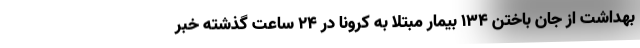
بهداشت از جان باختن ۱۳۴ بیمار مبتلا به کرونا در ۲۴ ساعت گذشته خبر